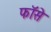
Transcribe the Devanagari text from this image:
फॉसे